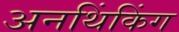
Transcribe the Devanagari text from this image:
अनथिंकिंग